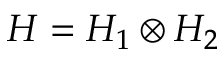
{ \cal { H } } = { \cal { H } } _ { 1 } \otimes { \cal { H } } _ { 2 }